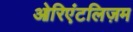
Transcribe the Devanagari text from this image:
ओरिएंटलिज़म